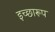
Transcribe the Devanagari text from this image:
इच्छारूप